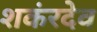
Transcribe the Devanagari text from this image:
शकंरदेव